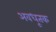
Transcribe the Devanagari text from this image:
अवधूतक